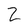
Character: Z